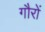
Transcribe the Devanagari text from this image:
गौरों